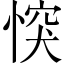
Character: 𢝀